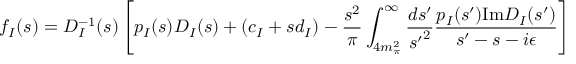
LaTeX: f _ { I } ( s ) = D _ { I } ^ { - 1 } ( s ) \left[ p _ { I } ( s ) D _ { I } ( s ) + ( c _ { I } + s d _ { I } ) - { \frac { s ^ { 2 } } { \pi } } \int _ { 4 m _ { \pi } ^ { 2 } } ^ { \infty } { \frac { d s ^ { \prime } } { { s ^ { \prime } } ^ { 2 } } } { \frac { p _ { I } ( s ^ { \prime } ) \mathrm { I m } D _ { I } ( s ^ { \prime } ) } { s ^ { \prime } - s - i \epsilon } } \right]